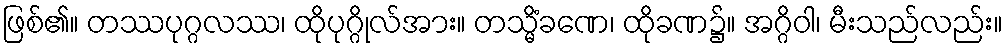
ဖြစ်၏။ တဿပုဂ္ဂလဿ၊ ထိုပုဂ္ဂိုလ်အား။ တသ္မိံခဏေ၊ ထိုခဏ၌။ အဂ္ဂိဝါ၊ မီးသည်လည်း။